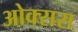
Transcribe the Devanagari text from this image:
ओक्सस